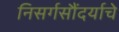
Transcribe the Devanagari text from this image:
निसर्गसौंदर्याचे